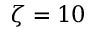
\zeta = 1 0